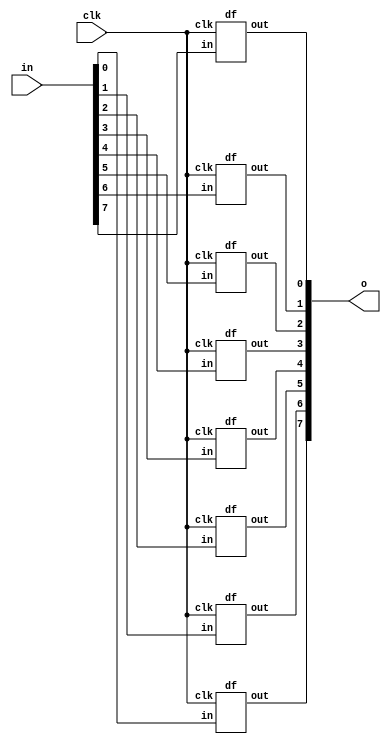
module df_8(input wire clk,input wire [7:0] in,output wire [7:0] o);
// initial begin
//         $monitor(o[0],o[1],o[2],o[3],o[4],o[5],o[6],o[7]);
// end
df d1(clk,in[0],o[7]);
df d2(clk,in[1],o[6]);
df d3(clk,in[2],o[5]);
df d4(clk,in[3],o[4]);
df d5(clk,in[4],o[3]);
df d6(clk,in[5],o[2]);
df d7(clk,in[6],o[1]);
df d8(clk,in[7],o[0]);
endmodule

module mux4 (input wire [0:3] i, input wire j1, j0, output wire o);
  wire  t0, t1;
    // initial begin
    //     $display(j1,j0,i[0],i[1],i[2],i[3]);
    // end  
  mux2 mux2_0 (i[0], i[1], j1, t0);
  mux2 mux2_1 (i[2], i[3], j1, t1);
  mux2 mux2_2 (t0, t1, j0, o);
endmodule

module df (input wire clk, in, output wire out);
  reg df_out;
  always@(posedge clk) df_out <= in;
  assign out = df_out;
endmodule

module mux2 (input wire i0, i1, j, output wire o);
  assign o = (j==0)?i0:i1;
endmodule

module shiftregister (input wire clk,input wire [1:0] select,input wire [7:0] input1,output wire [7:0] output1);
    wire i=0;
    wire r1=0,r2=0,r3=0,r4=0,r5=0,r6=0,r7=0,r0=0;
    // initial begin
    //     $monitor(input1[0],input1[1],input1[2],input1[3],input1[4],input1[5],input1[6],input1[7]);
    // end
    mux4 m1({i,input1[1],input1[0],i},select[1],select[0],r0);
    mux4 m2({input1[0],input1[2],input1[1],i},select[1],select[0],r1);
    mux4 m3({input1[1],input1[3],input1[2],i},select[1],select[0],r2);
    mux4 m4({input1[2],input1[4],input1[3],i},select[1],select[0],r3);
    mux4 m5({input1[3],input1[5],input1[4],i},select[1],select[0],r4);
    mux4 m6({input1[4],input1[6],input1[5],i},select[1],select[0],r5);
    mux4 m7({input1[5],input1[7],input1[6],i},select[1],select[0],r6);
    mux4 m8({input1[6],i,input1[7],i},select[1],select[0],r7);

    df_8 df1(clk,{r0,r1,r2,r3,r4,r5,r6,r7},output1);
endmodule